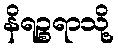
နိရဉ္စရာသို့